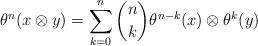
LaTeX: \begin{align*}\theta^n(x\otimes y) = \sum_{k=0}^n {n\choose k} \theta^{n-k}(x) \otimes \theta^k(y)\end{align*}